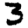
Digit: 3